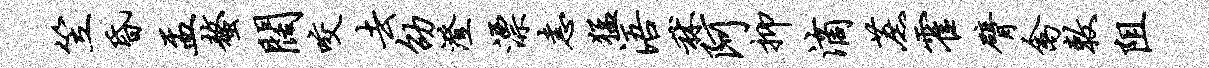
笠昏盂螯阔咬去劭澄漂恚猛浯秫阿抑滴蔗霍臂禽敕阻